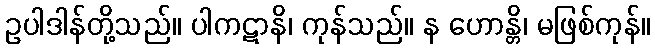
ဥပါဒါန်တို့သည်။ ပါကဋာနိ၊ ကုန်သည်။ န ဟောန္တိ၊ မဖြစ်ကုန်။